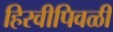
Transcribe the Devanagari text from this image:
हिरवीपिवळी